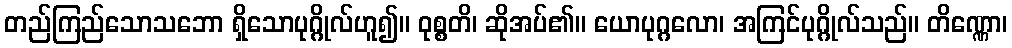
တည်ကြည်သောသဘော ရှိသောပုဂ္ဂိုလ်ဟူ၍။ ဝုစ္စတိ၊ ဆိုအပ်၏။ ယောပုဂ္ဂလော၊ အကြင်ပုဂ္ဂိုလ်သည်။ တိဏ္ဏော၊